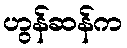
ဟွန်ဆန်က